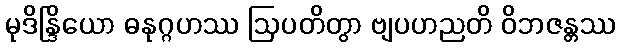
မုဒိန္ဒြိယော ဓနုဂ္ဂဟဿ ဩပတိတွာ ဗျပဟညတိ ဝိဘဇန္တဿ